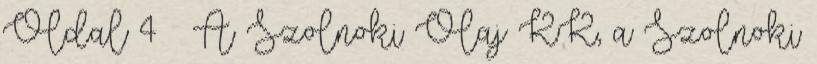
Oldal 4 – A Szolnoki Olaj KK, a Szolnoki